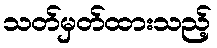
သတ်မှတ်ထားသည့်